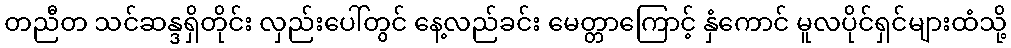
တညီတ သင်ဆန္ဒရှိတိုင်း လှည်းပေါ်တွင် နေ့လည်ခင်း မေတ္တာကြောင့် နှံကောင် မူလပိုင်ရှင်များထံသို့